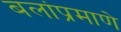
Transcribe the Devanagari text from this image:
बलांप्रमाणे